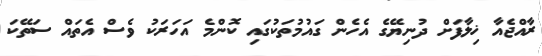
ރާއްޖެއާ ޚިލާފަށް ދުނިޔޭގެ އެހެން ގައުމުތަކުގައި ކޮންމެ އަހަރަކު ވެސް އެތައް ސަތޭކަ